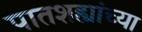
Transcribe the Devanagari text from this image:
पातशह्यांच्या